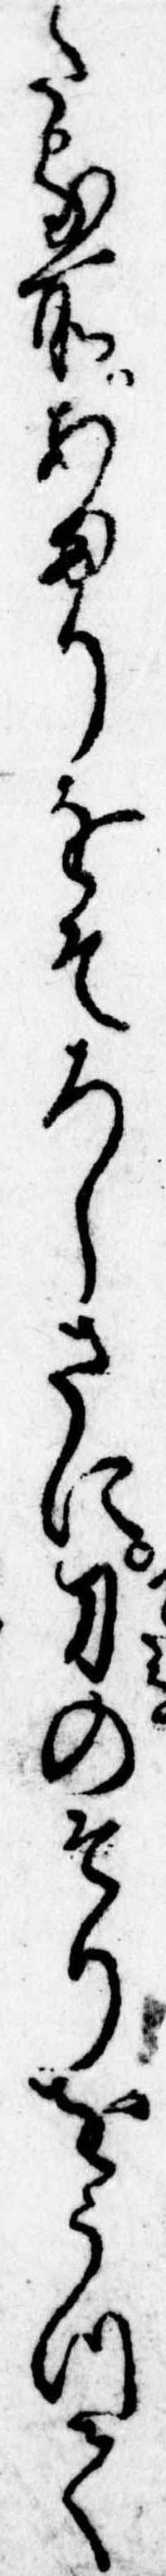
たる所あまりをそろしさに刀のそりをうつて